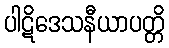
ပါဋိဒေသနီယာပတ္တိ